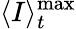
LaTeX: \langle I\rangle_{t}^{\mathrm{max}}